Civil Veterinary Department. United Provinces 1923-31 - 1923-1931
Year: 1923
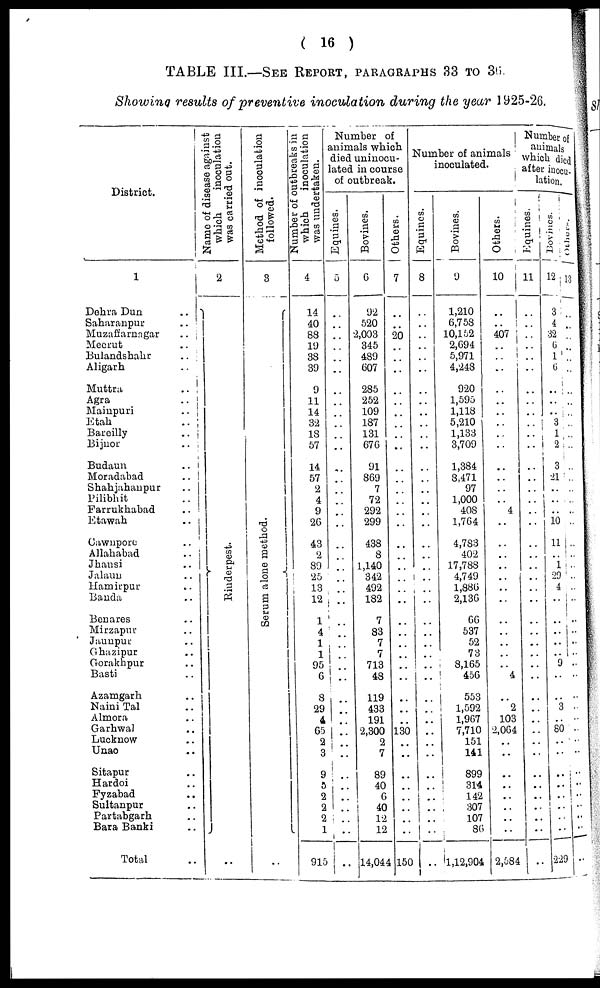
( 16 )
TABLE III.—SEE REPORT, PARAGRAPHS 33 TO 30.
Showing results of preventive inoculation during the year 1925-26.
District.
1
Dehra Dun ..
Saharanpur
..
Muzaffarnagar
..
Meerut ..
Bulandshahr ..
Aligarh ..
Muttra
..
Agra
..
Mainpuri
..
Etah
..
Bareilly
..
Bijnor
..
Budaun
..
Moradabad ..
Shahjahanpur ..
Pilibhit ..
Farrukhabad ..
Etawah ..
Cawnpore ..
Allahabad ..
Jhansi ..
Jalaun ..
Hamirpur ..
Banda ..
Benares ..
Mirzapur ..
Jaunpur ..
Ghazipur ..
Gorakhpur ..
Basti ..
Azamgarh ..
Naini Tal ..
Almora ..
Garhwal ..
Lucknow ..
Unao ..
Sitapur ..
Hardoi ..
Fyzabad ..
Sultanpur ..
Partabgarh ..
Bara Banki ..
Total ..
Name of disease against
which
inoculation
was carried out.
2
Rinderpest.
..
Method of inoculation
followed.
3
Se r
um alone method.
..
Number of outbreaks in
which
inoculation
was undertaken.
4
14
40
88
19
38
39
9
11
14
32
18
57
14
57
2
4
9
26
43
2
89
25
13
12
1
4
1
1
95
6
8
29
4
65
2
3
9
5
2
2
2
1
915
Number of
animals which
died uninocu-
lated in course
of outbreak.
Equines.
5
..
..
..
..
..
..
..
..
..
..
..
....
..
..
..
..
..
..
..
..
..
..
..
..
..
..
..
..
..
..
..
..
..
..
..
..
..
..
..
..
..
..
..
Bovines.
6
92
520
2,003
345
489
607
285
252
109
187
131
676
91
869
7
72
292
299
438
8
1,140
342
492
182
7
83
7
7
713
48
119
433
191
2,300
2
7
89
40
6
40
12
12
14,044
Others.
7
..
..
20
..
..
..
..
..
..
..
..
..
..
..
..
..
..
..
..
..
..
..
..
..
..
..
..
..
..
..
..
..
..
130
..
..
..
..
..
..
..
..
150
Number of animals
inoculated.
Equines.
8
..
..
..
..
..
..
..
..
..
..
..
..
..
..
..
..
..
..
..
..
..
..
..
..
..
..
..
..
..
..
..
..
..
..
..
..
..
..
..
..
..
..
..
Bovines.
9
1,210
6,758
10,152
2,694
5,971
4,248
920
1,595
1,118
5,210
1,133
3,709
1,384
3,471
97
1,000
408
1,764
4,783
402
17,788
4,749
1,886
2,136
66
537
52
73
8,165
456
553
1,592
1,967
7,710
151
141
899
314
142
307
107
86
1,12,904
Others.
10
..
..
407
..
..
..
..
..
..
..
..
..
..
..
..
..
4
..
..
..
..
.. ..
..
..
..
..
..
..
4
..
2
103
2,064
..
..
..
..
..
..
..
..
2,584
Number of
animals
which died
after inocu-
lation.
Equines.
11
..
..
..
..
..
..
..
..
..
..
..
..
..
..
..
..
..
..
..
..
..
..
..
..
..
..
..
..
..
..
..
..
..
..
..
..
..
..
..
..
..
..
..
Bovines.
12
3
4
32
6
1
6
..
..
..
3
1
2
3
21
..
..
..
10
11
..
1
29 4
..
..
..
..
..
9
..
..
3
..
80
..
..
..
..
..
..
..
..
229
Others.
13
..
..
..
..
..
..
..
..
..
..
..
..
..
..
..
..
..
..
..
..
..
..
..
..
..
..
..
..
..
..
..
..
..
..
..
..
..
..
..
..
..
..
..